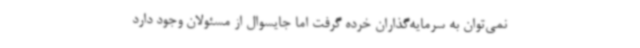
نمی‌توان به سرمایه‌گذاران خرده گرفت اما جایسوال از مسئولان وجود دارد